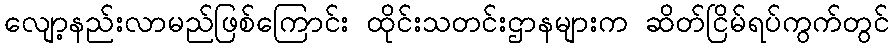
လျော့နည်းလာမည်ဖြစ်ကြောင်း ထိုင်းသတင်းဌာနများက ဆိတ်ငြိမ်ရပ်ကွက်တွင်